Juri_Uluots, lk 61
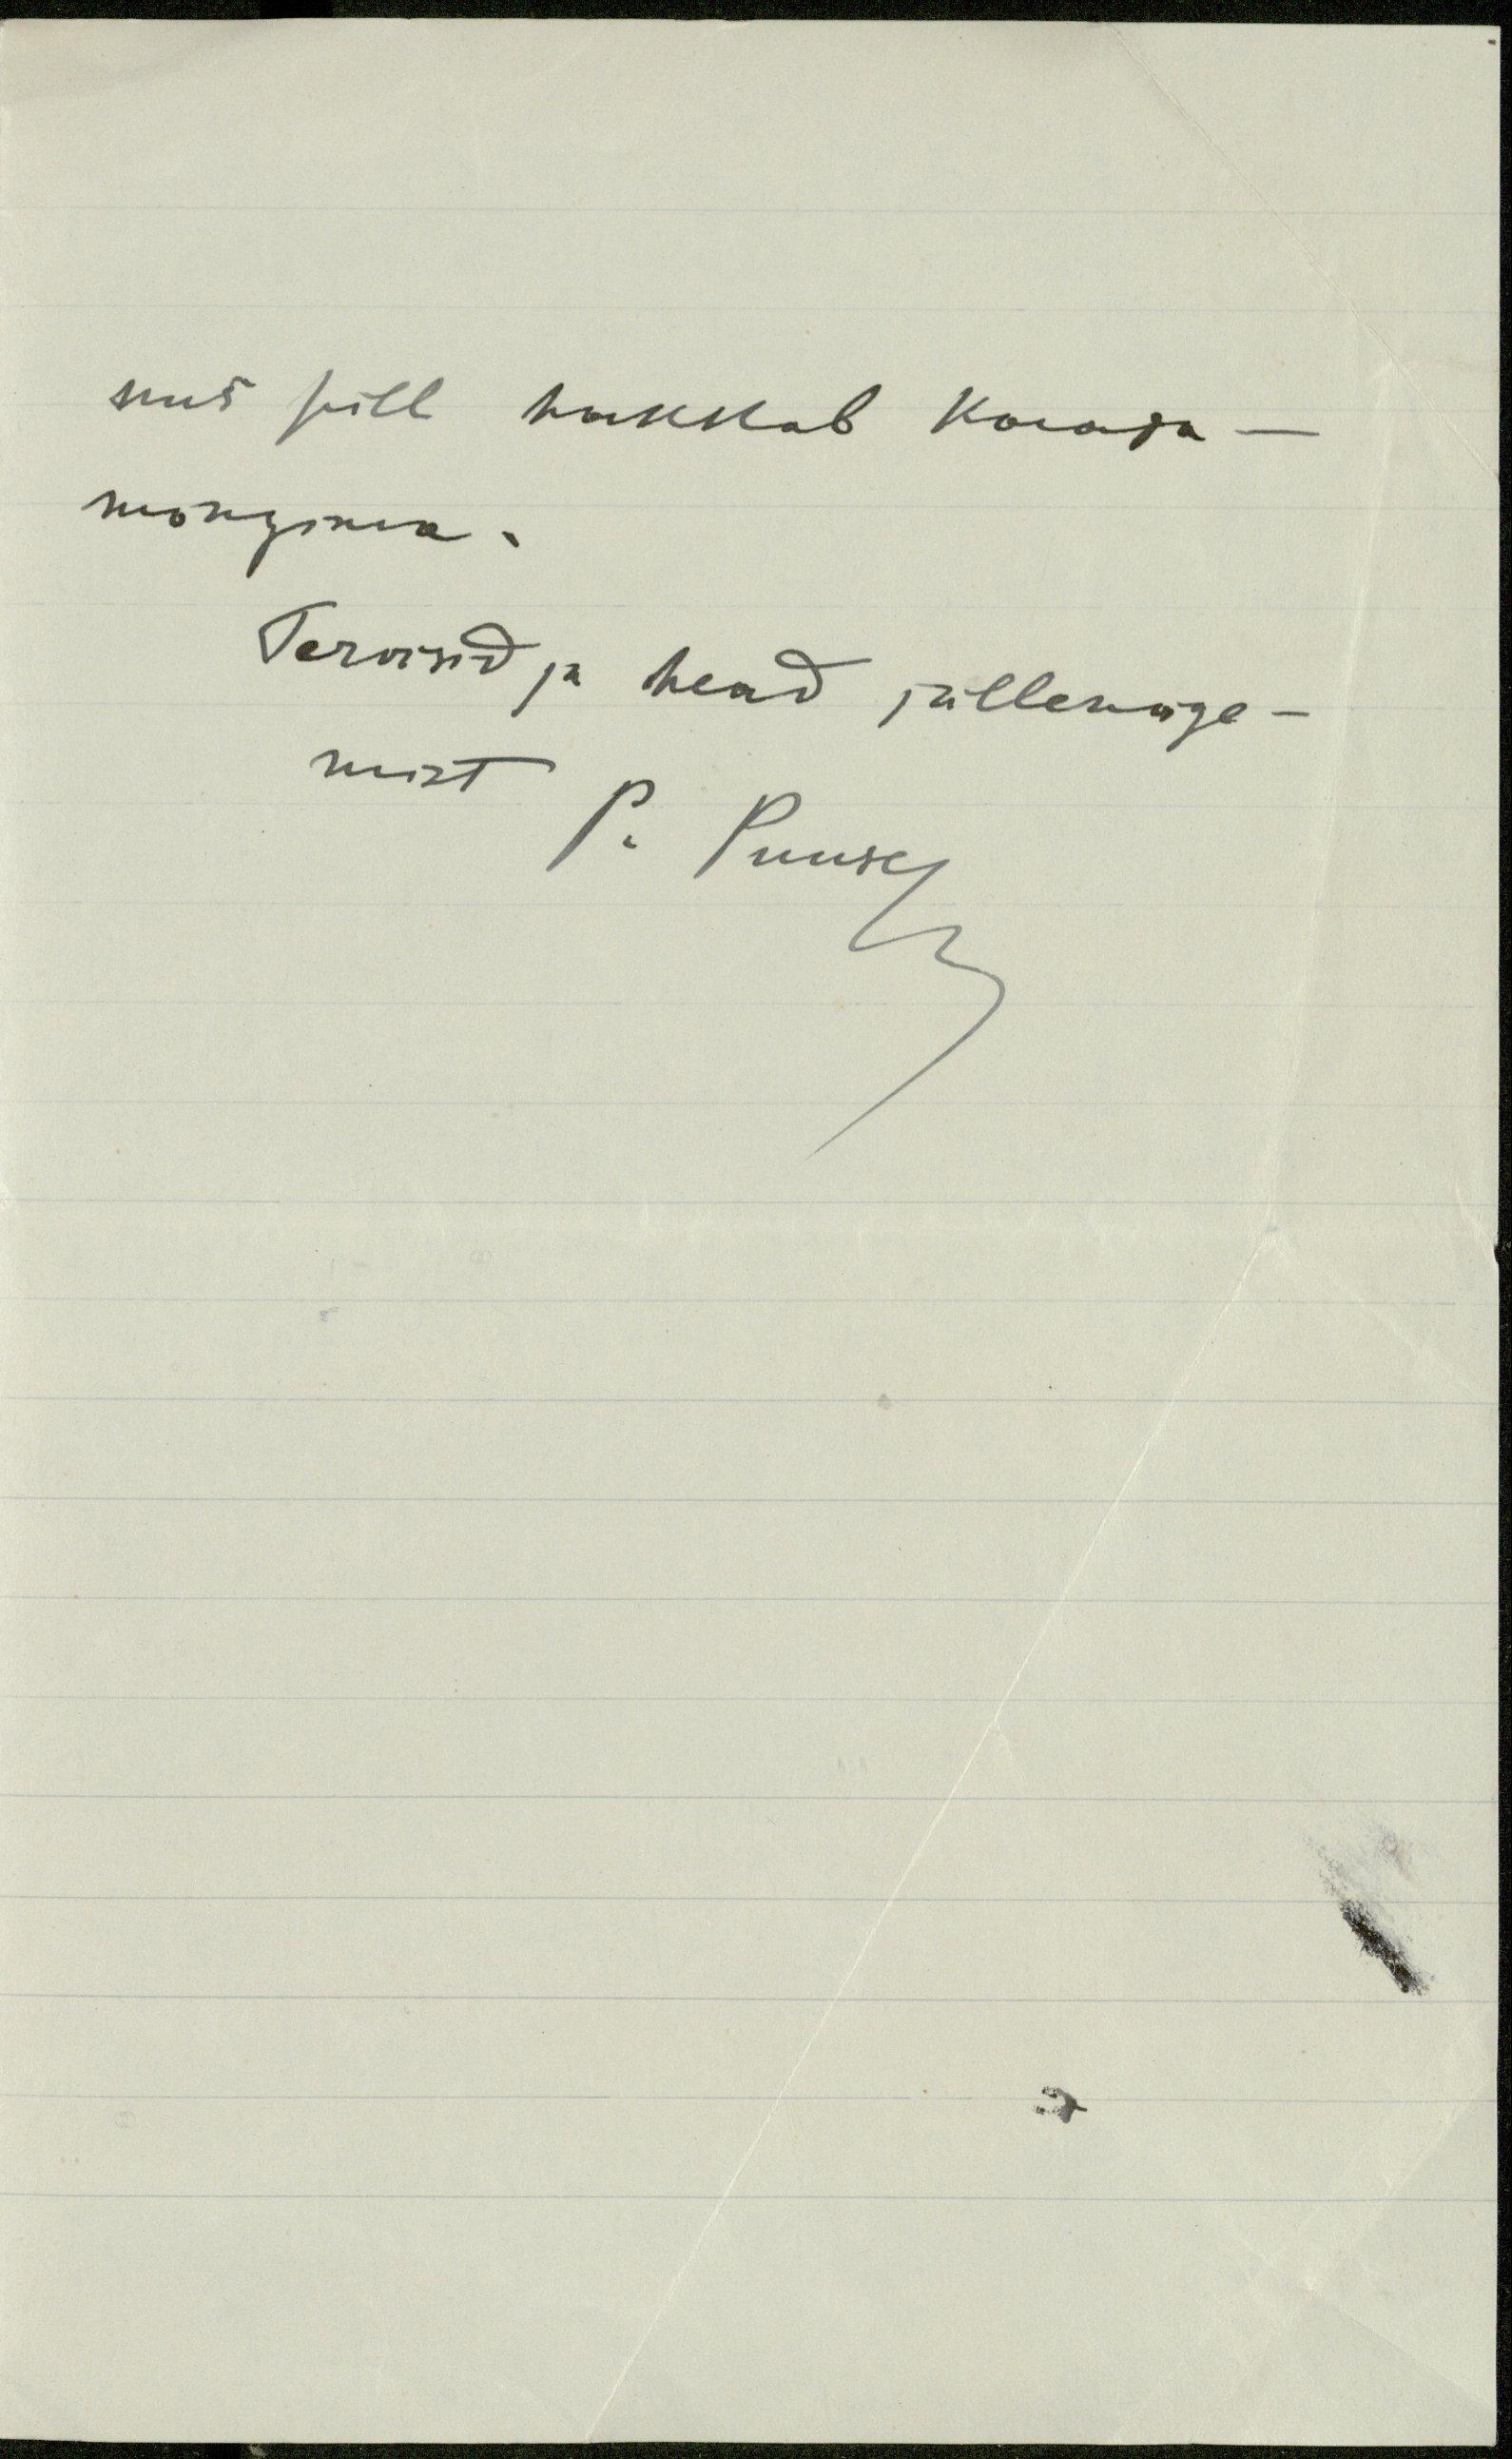
uus pill hakkab kaasa -
mängima.
Tervisid ja head jällenäge-
mist P. Puusep